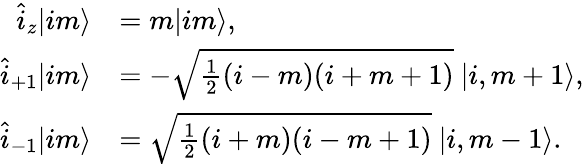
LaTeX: \begin{array}{rl}{\hat{i}_{z}|im\rangle}&{=m|im\rangle,}\\ {\hat{i}_{+1}|im\rangle}&{=-\sqrt{\frac{1}{2}(i-m)(i+m+1)}\ |i,m+1\rangle,}\\ {\hat{i}_{-1}|im\rangle}&{=\sqrt{\frac{1}{2}(i+m)(i-m+1)}\ |i,m-1\rangle.}\end{array}